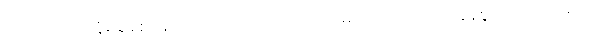
ဘေးကင်းလုံခြုံမှုရှိစေရန်အတွက် အကြောင်းကား များပြားလာကာ လွန်စွာအကျိုးပေးသည်